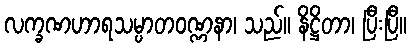
လက္ခဏဟာရသမ္ပာတဝဏ္ဏနာ၊ သည်။ နိဋ္ဌိတာ၊ ပြီးပြီ။